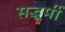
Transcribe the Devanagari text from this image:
सद्धर्मी